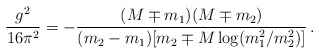
\begin{align*}\frac{g^2}{16\pi^2} =-\frac{(M\mp m_1)(M\mp m_2)}{(m_2-m_1)[m_2 \mp M \log (m_1^2/m_2^2)]}\,.\end{align*}